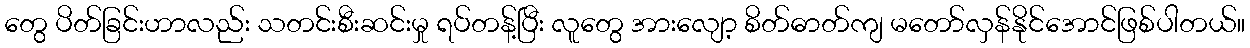
တွေ ပိတ်ခြင်းဟာလည်း သတင်းစီးဆင်းမှု ရပ်တန့်ပြီး လူတွေ အားလျော့ စိတ်ဓာတ်ကျ မတော်လှန်နိုင်အောင်ဖြစ်ပါတယ်။